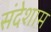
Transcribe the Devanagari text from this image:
संदेशाम